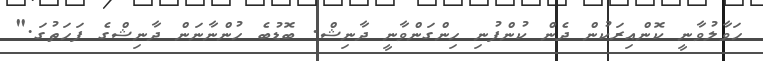
ހަވާލުވާނީ ކޮންއިރަކުން ދެން ކުންފުނި ހިންގަންވާނީ ދާނިޝް. ބޮޑުބެ ހުންނާނަން ދާނިޝްގެ ފަހަތުގަ."